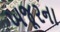
ખજૂરના